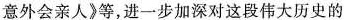
意外会亲人》等，进一步加深对这段伟大历史的